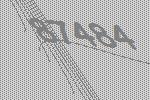
87484